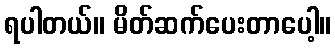
ရပါတယ်။ မိတ်ဆက်ပေးတာပေါ့။